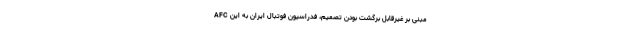
AFC مبنی بر غیرقابل برگشت بودن تصمیم، فدراسیون فوتبال ایران به این